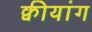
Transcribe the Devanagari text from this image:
क्वीयांग